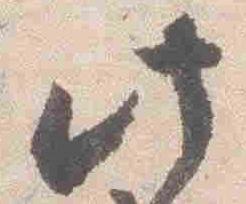
此